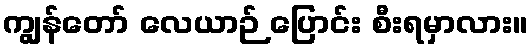
ကျွန်တော် လေယာဉ် ပြောင်း စီးရမှာလား။